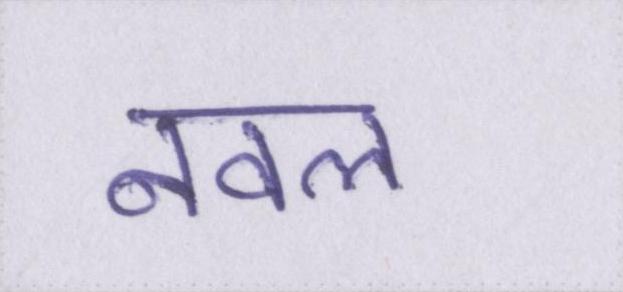
नवल